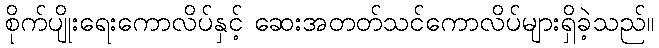
စိုက်ပျိုးရေးကောလိပ်နှင့် ဆေးအတတ်သင်ကောလိပ်များရှိခဲ့သည်။